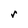
Character: r